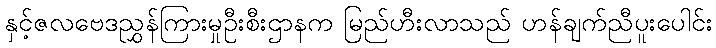
နှင့်ဇလဗေဒညွှန်ကြားမှုဦးစီးဌာနက မြည်ဟီးလာသည် ဟန်ချက်ညီပူးပေါင်း